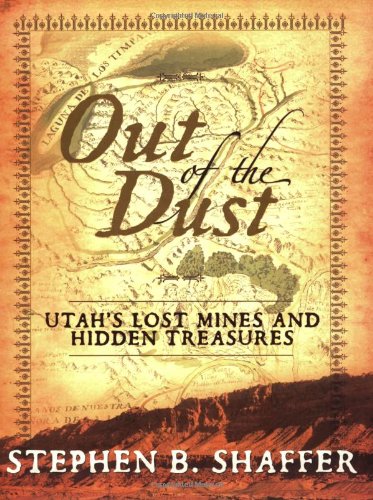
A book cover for Out of the Dust: Utah's Lost Mines and Treasures; Stephen B. Shaffer; Crafts, Hobbies & Home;